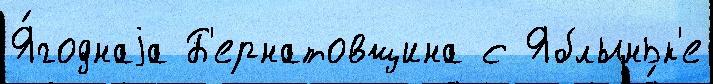
Я́годнаjа Б'ернатовщина с Яблыньк'е